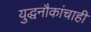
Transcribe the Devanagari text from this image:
युद्धनौकांचाही